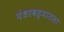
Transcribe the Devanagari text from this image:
पंधरवड्यातला